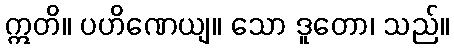
ဣတိ။ ပဟိဏေယျ။ သော ဒူတော၊ သည်။